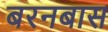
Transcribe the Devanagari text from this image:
बरनबास